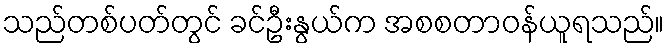
သည်တစ်ပတ်တွင် ခင်ဦးနွယ်က အစစတာဝန်ယူရသည်။